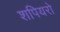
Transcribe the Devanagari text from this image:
शपियरो